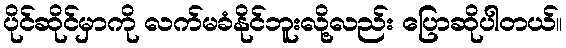
ပိုင်ဆိုင်မှာကို လက်မခံနိုင်ဘူးလို့လည်း ပြောဆိုပါတယ်။